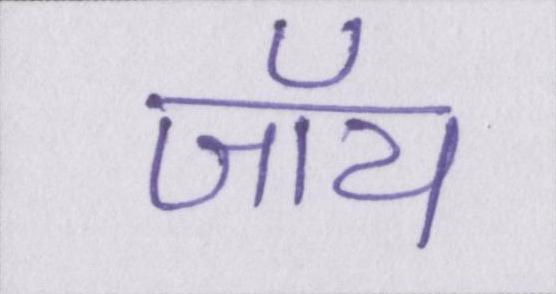
जॉय